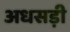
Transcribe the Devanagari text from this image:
अधसड़ी